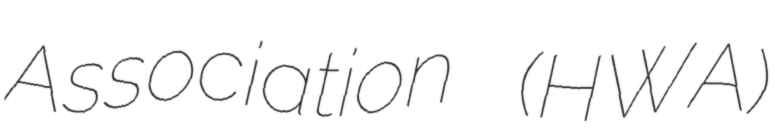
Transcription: Association (HWA)